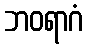
ဘဝရာဂံ